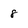
Character: 8